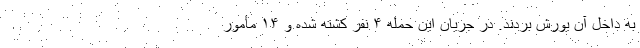
به داخل آن یورش بردند. در جریان این حمله ۴ نفر کشته شده و ۱۴ مأمور